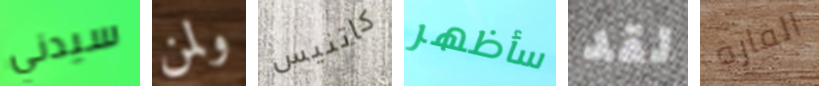
سيدني ولمن كاتنيس سأظهر لقد القارة